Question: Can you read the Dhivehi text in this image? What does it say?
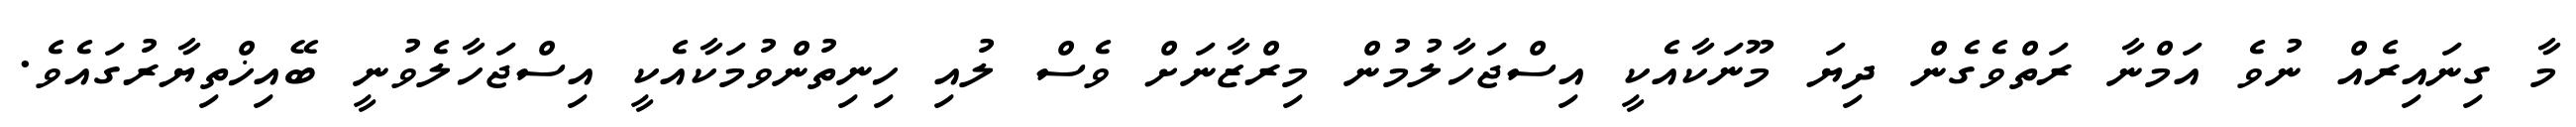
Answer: މާ ގިނައިރެއް ނުވެ އަމްނާ ރަތްވެގެން ދިޔަ މޫނަކާއެކީ އިސްޖަހާލުމުން މިރްޒާނަށް ވެސް ލުއި ހިނިތުންވުމަކާއެކީ އިސްޖަހާލެވުނީ ބޭއިޚްތިޔާރުގައެވެ.